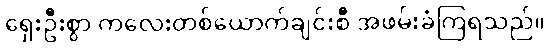
ရှေးဦးစွာ ကလေးတစ်ယောက်ချင်းစီ အဖမ်းခံကြရသည်။